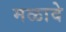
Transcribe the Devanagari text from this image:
मळावे